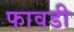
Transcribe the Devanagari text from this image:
फावडी